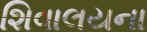
શિવાલયના